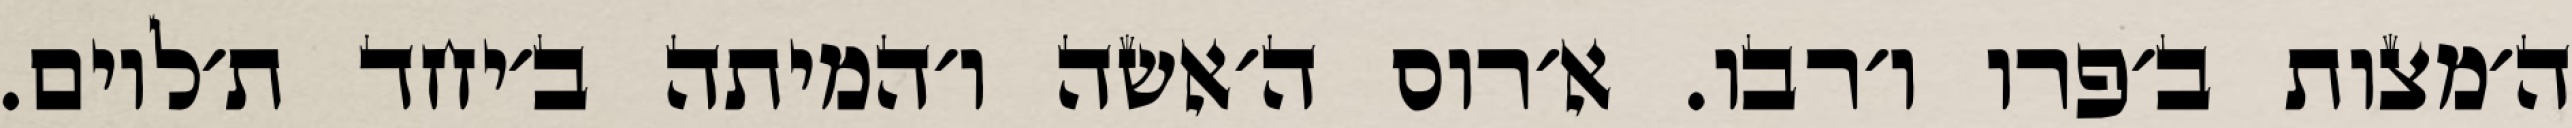
ה׳מצות ב׳פרו ו׳רבו. א׳רוס ה׳אשה ו׳המיתה ב׳יחד ת׳לוים.